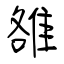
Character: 雒